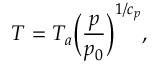
T = T _ { a } \bigg ( { \frac { p } { p _ { 0 } } } \bigg ) ^ { 1 / c _ { p } } ,